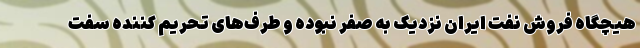
هیچگاه فروش نفت ایران نزدیک به صفر نبوده و طرف‌های تحریم کننده سفت